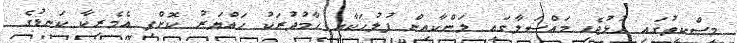
މިސްކިތުގައި ހުޅުޖެހި މައްސަލާގައި ލަންކާއިން ފުލުހަކާއި ހާމުދުރަކު ހައްޔަރު ކޮށްފި އެމެރިކާ ކަނޑުގެ